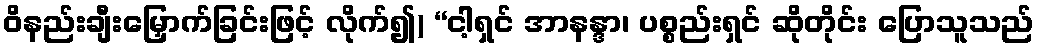
ဝိနည်းချီးမြှောက်ခြင်းဖြင့် လိုက်၍) “ငါ့ရှင် အာနန္ဒာ၊ ပစ္စည်းရှင် ဆိုတိုင်း ပြောသူသည်